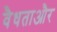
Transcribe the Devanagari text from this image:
वैधताऔर